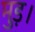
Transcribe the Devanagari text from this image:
मुड़।